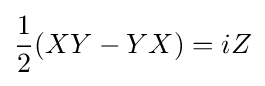
{\frac {1}{2}}(XY-YX)=iZ